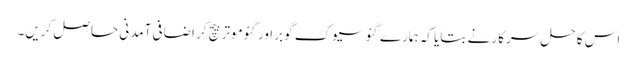
اس کا حل سرکار نے بتایا کہ ہمارے گئو سیوک گوبر اور گئوموتر بیچ کر اضافی آمدنی حاصل کریں۔